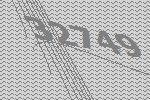
32749